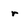
Character: r